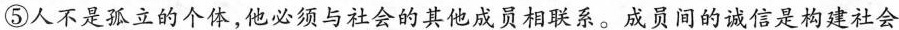
⑤人个是孤立的个体，他必须与社会的其他成员相联系。成员间的诚信是构建社会